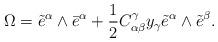
LaTeX: \begin{align*} \Omega=\tilde{e}^\alpha\wedge\bar{e}^\alpha+\frac{1}{2}C_{\alpha\beta}^\gamma y_\gamma\tilde{e}^\alpha\wedge\tilde{e}^\beta. \end{align*}